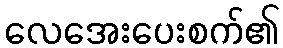
လေအေးပေးစက်၏